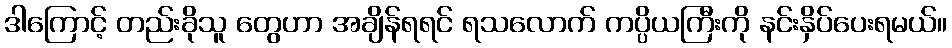
ဒါကြောင့် တည်းခိုသူ တွေဟာ အချိန်ရရင် ရသလောက် ကပ္ပိယကြီးကို နင်းနှိပ်ပေးရမယ်။